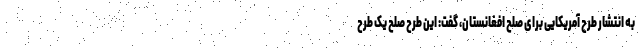
به انتشار طرح آمریکایی برای صلح افغانستان، گفت: این طرح صلح یک طرح